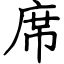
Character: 席